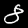
Digit: 8